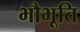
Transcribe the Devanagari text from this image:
भौभूति